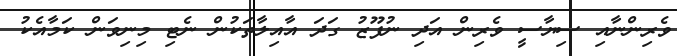
ވެރިންނާއި ސިޔާސީ ވެރިން އަދި ނުފޫޒު ގަދަ އާއިލާތަކުން ނެޓި މިނިވަން ކަމާއެކު